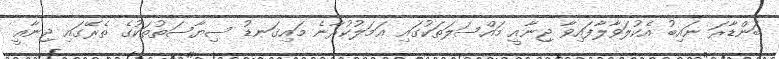
ބަންޑާރަ ނައިބު އެކުލަވާލާފައިވާ ޖިނާއީ މައްސަލަތަކުގައި ޢަމަލުކުރާނެ މައިގަނޑު ސިޔާސަތުތަކުގެ ތެރޭގައި ޖިނާއީ